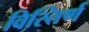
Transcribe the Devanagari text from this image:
विस्तिर्ण